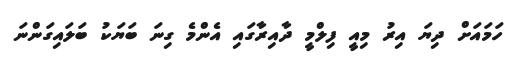
ހަމައަށް ދިޔަ އިރު މިއީ ފިލްމީ ދާއިރާގައި އެންމެ ގިނަ ބަޔަކު ބަލައިގަންނަ